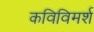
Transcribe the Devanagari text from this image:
कविविमर्श